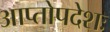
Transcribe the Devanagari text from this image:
आप्तोपदेशः